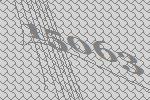
15063